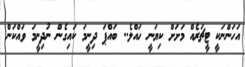
އަހަންނަކީ ޓީޗަރެއް މަށަށް ކިޔަނީ ހައްލެ.. ބައްޕަ ދިނީމަ ކައިގެން ނުދިނީމަ ވައްކަން